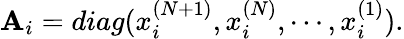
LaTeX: \mathbf{A}_{i}=diag(x_{i}^{(N+1)},x_{i}^{(N)},\cdots,x_{i}^{(1)}).